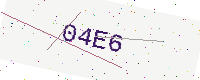
Text: 04E6